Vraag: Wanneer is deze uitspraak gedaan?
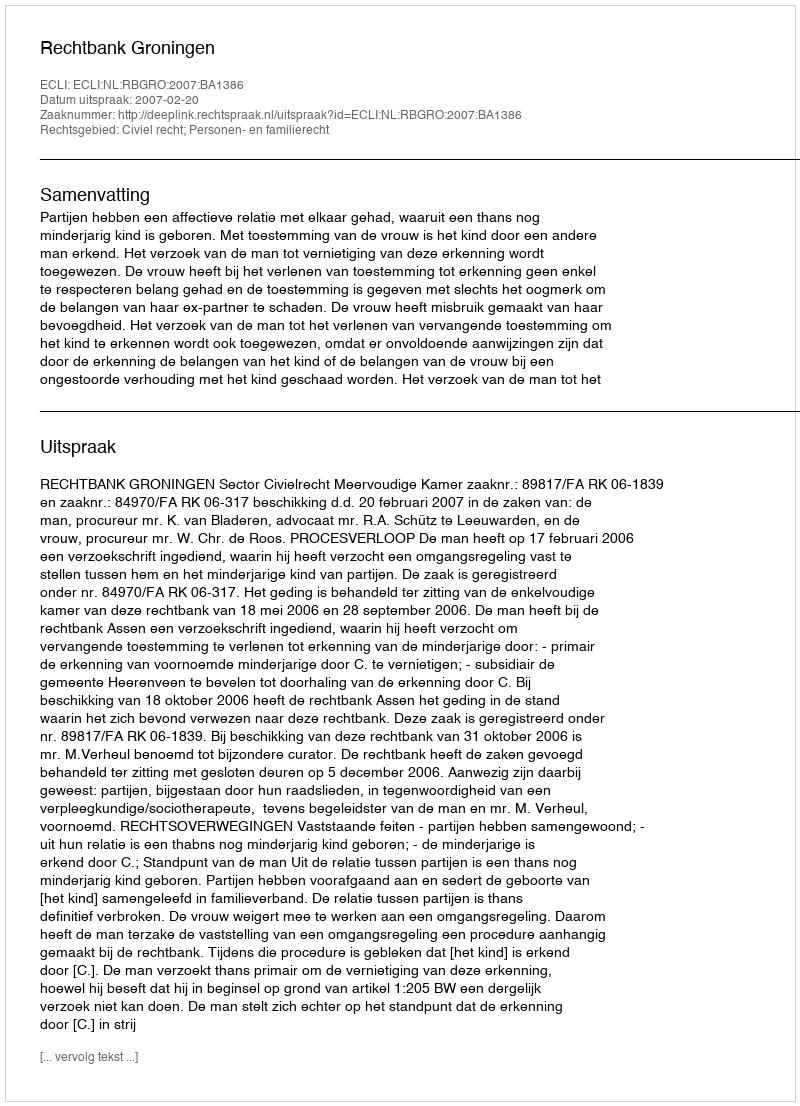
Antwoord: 2007-02-20